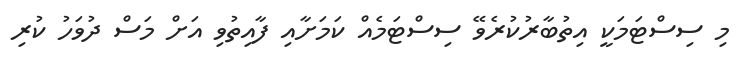
މި ސިސްޓަމަކީ އިތުބާރުކުރެވޭ ސިސްޓަމެއް ކަމަށާއި ފާއިތުވި އަށް މަސް ދުވަހު ކުރި